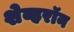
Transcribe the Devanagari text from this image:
शेव्हरॉन